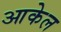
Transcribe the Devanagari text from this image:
आकेल